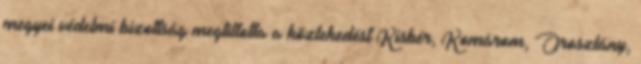
megyei védelmi bizottság megtiltotta a közlekedést Kisbér, Komárom, Oroszlány,